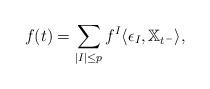
LaTeX: \begin{align*}f(t)=\sum_{|I|\leq p}f^{I}\langle \epsilon_{I},\mathbb{X}_{t^-}\rangle,\end{align*}